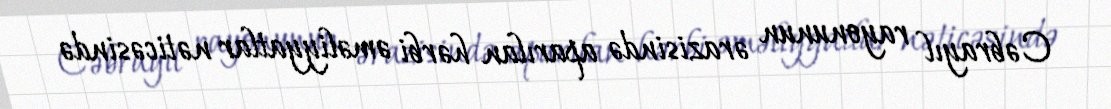
Cəbrayıl rayonunun ərazisində aparılan hərbi əməliyyatlar nəticəsində